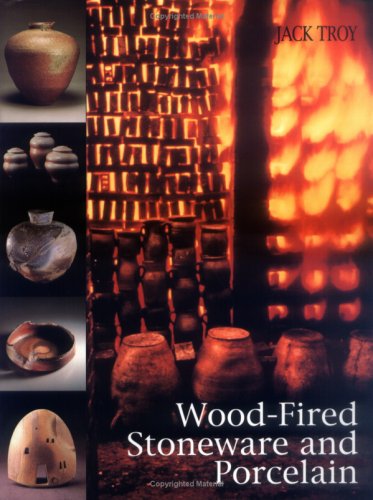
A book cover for Wood-Fired Stoneware and Porcelain; Jack Troy; Crafts, Hobbies & Home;